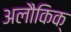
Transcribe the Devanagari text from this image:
अलौकिक्